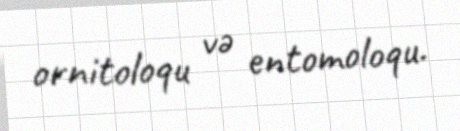
ornitoloqu və entomoloqu.